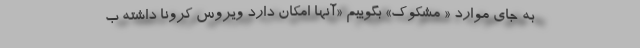
به جای موارد « مشکوک» بگوییم «آنها امکان دارد ویروس کرونا داشته ب